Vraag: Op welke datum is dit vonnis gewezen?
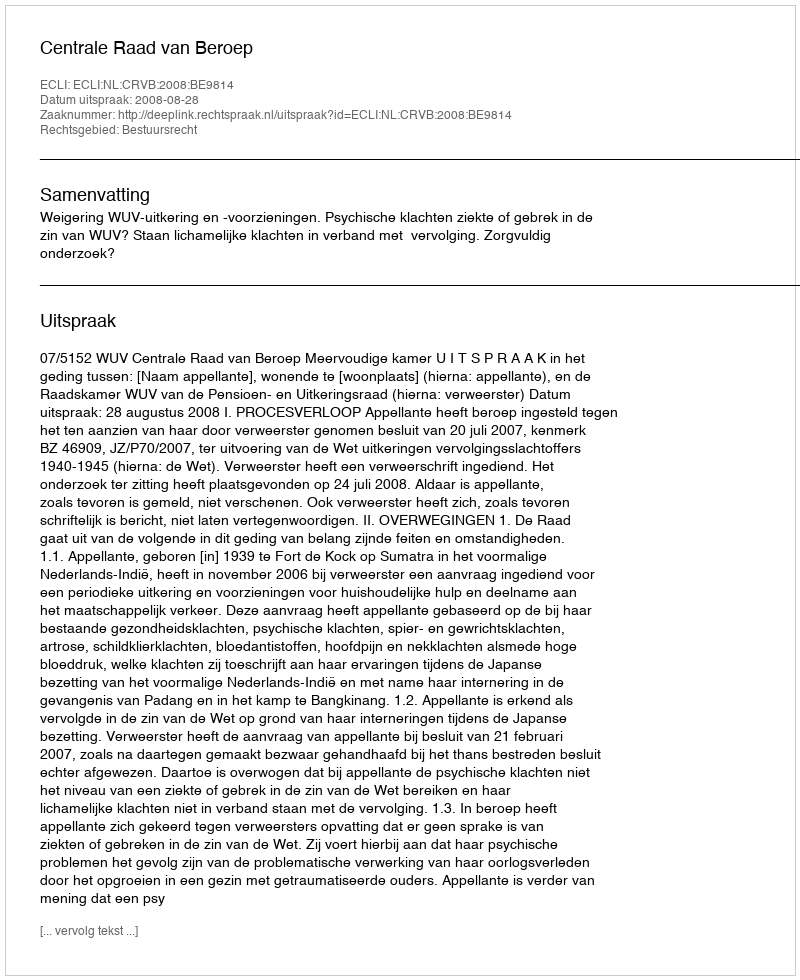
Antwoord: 2008-08-28